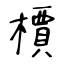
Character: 檟